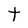
Character: t